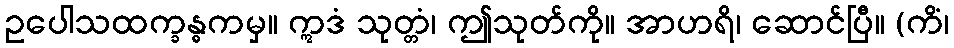
ဥပေါသထက္ခန္ဓကမှ။ ဣဒံ သုတ္တံ၊ ဤသုတ်ကို။ အာဟရိ၊ ဆောင်ပြီ။ (ကိံ၊